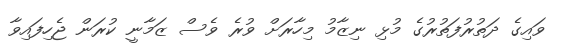
ވައިގެ ދަތުރުފަތުރުގެ މުޅި ނިޒާމު މިހާރަށް ވުރެ ވެސް ޒަމާނީ ކުރަން ޖެހިފައިވާ